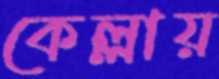
কেল্লায়